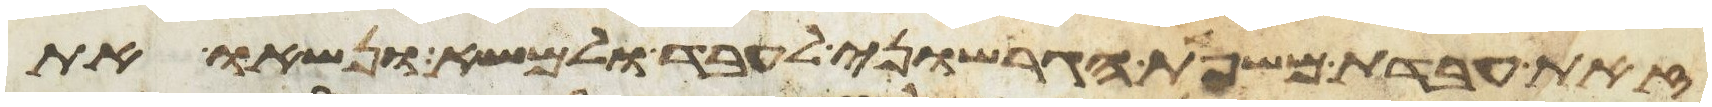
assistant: זאת עבדת משפחת הגרשוני לעבד ולמשא ונשאו את